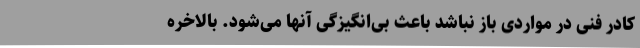
کادر فنی در مواردی باز نباشد باعث بی‌انگیزگی آنها می‌شود. بالاخره